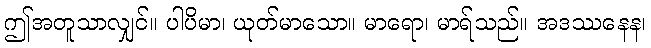
ဤအတူသာလျှင်။ ပါပိမာ၊ ယုတ်မာသော။ မာရော၊ မာရ်သည်။ အဒဿနေန၊